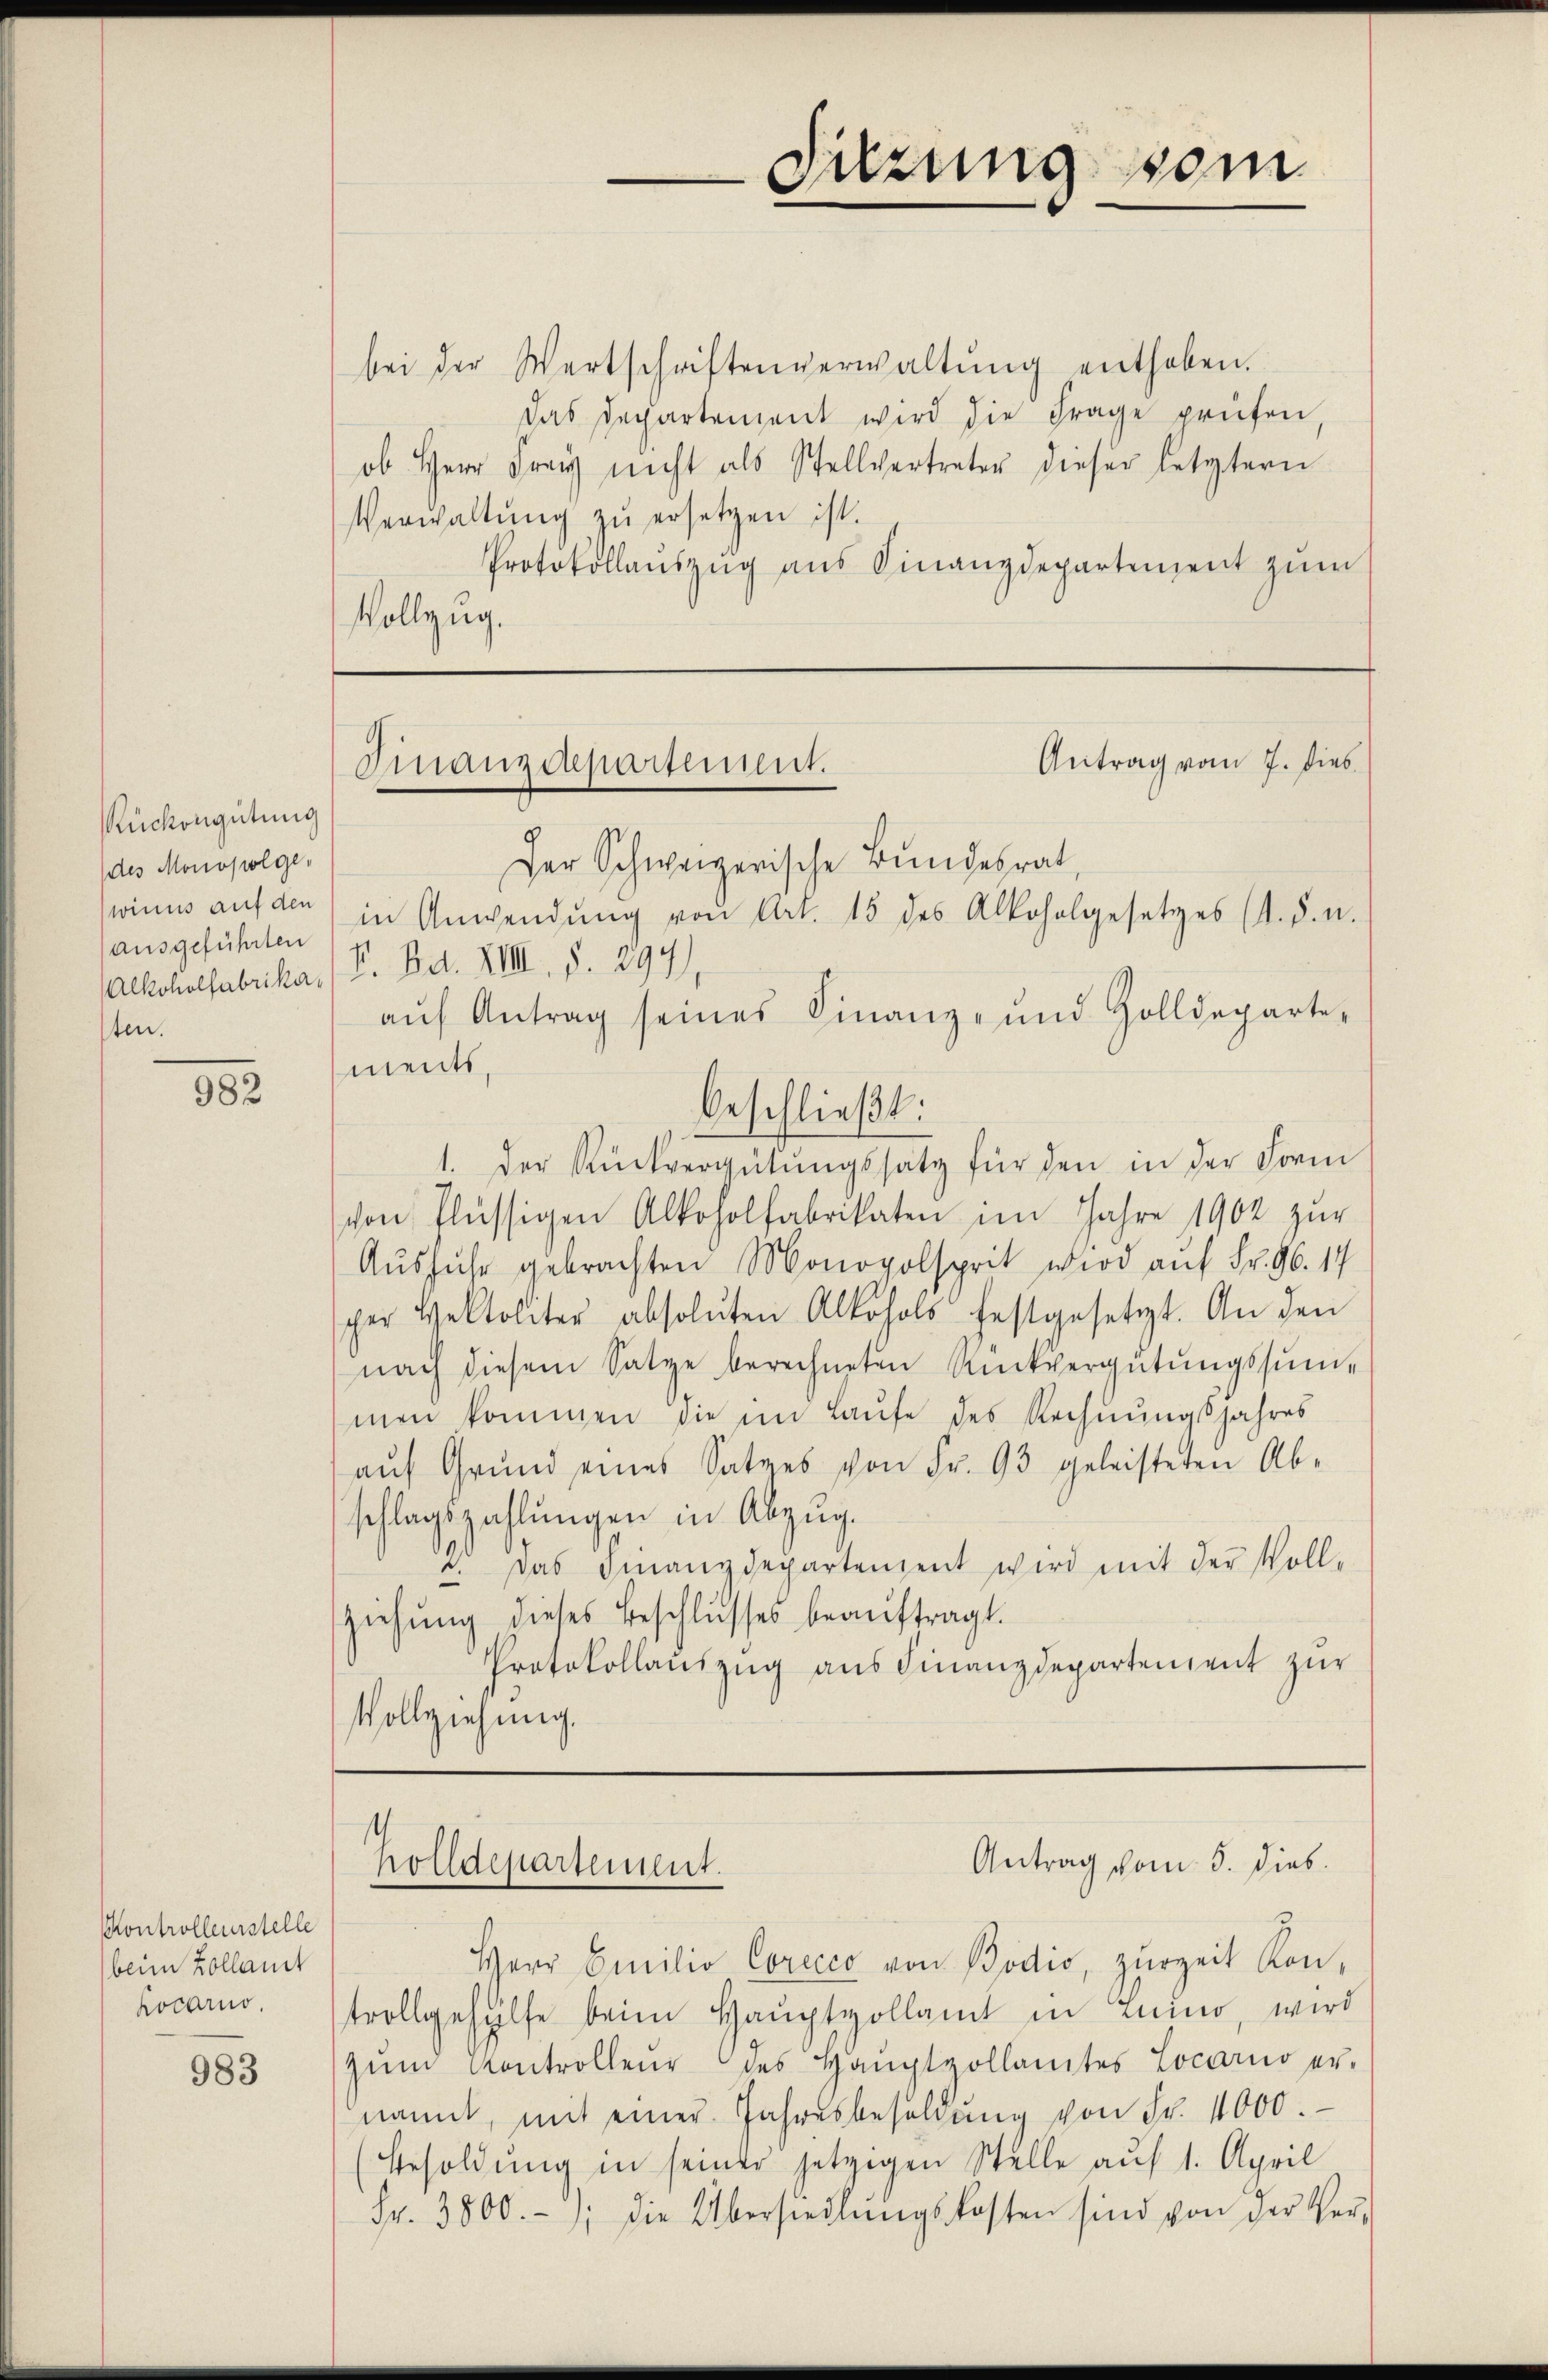
Rückengütung
(des Monopolge,
ausgeführten
ten.

982

Kontrolleurstelle
beim Kollamt
Locarno.

983

bei der Wertschriftenverwaltŭng enthoben.
Das Departement wird die Frage prüfen,
ob Herr Frey nicht als Stellvertreter dieser letztern
Verwaltŭng zŭ ersetzen ist.
Protokollanszŭg aŭs Finanzdepartement zŭm
Vollzug.

Der Schweizerische Bundesrat,
winns auf den in Anwendŭng von Art. 15 des Alkoholgesetzes (d. d. u.
Alkoholfabrika, (V. Bd. XVIII. §. 294)
aŭf Antrag seines Finanz- und Zolldeparte-
ments,
beschließt:
1. Der Rückvergütungssatz für den in der Form
schon flüssigen Alkoholfabrikaten im Jahre 1902 zur
Ausführ gebrachten Monopolsprit wird auf Fr. 96. 14
per Heltoliter absoluten Alkohols festgesetzt. An den
nach diesem Satze berechneten Rückvergütungssummen kommen die im Laŭfe des Rechnŭngsjahres
aŭf Grŭnd eines Satzes von Fr. 93 geleisteten Ab-
schlagszahlungen in Abzug.
. Das Finanzdepartenzent wird mit der Voll-
ziehung dieses Beschlusses beaŭftragt.
Protokollauszug aus Finanzdepartenzent zur
Vollziehung.

Sitzung vom

Antrag vom 7. dies
Finanzdepartement.

Antrag vom 5. Dieb.
holldepartement.

Herr Emilio Corccco von Bodio, zurzeit Kon-
trollgehülfe beim Hauptvollamt in Luino, wird
zŭm Kontrollen des Haŭptzollamtes Locarno er-
nannt, mit einer Jahresbesoldŭng von Fr. 1000.
Besoldŭng in seiner jetzigen Stelle auf 1. April
Fr. 3800.-); die Übersiedlŭngskosten sind von der Ver-